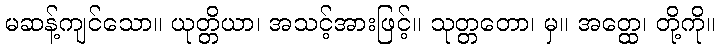
မဆန့်ကျင်သော။ ယုတ္တိယာ၊ အသင့်အားဖြင့်။ သုတ္တတော၊ မှ။ အတ္ထေ၊ တို့ကို။